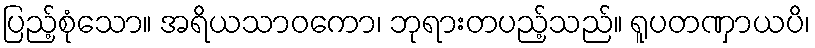
ပြည့်စုံသော။ အရိယသာဝကော၊ ဘုရားတပည့်သည်။ ရူပတဏှာယပိ၊